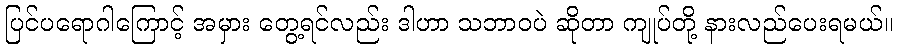
ပြင်ပရောဂါကြောင့် အမှား တွေ့ရင်လည်း ဒါဟာ သဘာဝပဲ ဆိုတာ ကျုပ်တို့ နားလည်ပေးရမယ်။